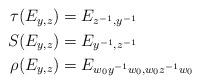
LaTeX: \begin{align*}\begin{aligned}\tau(E_{y,z}) &= E_{z^{-1},y^{-1}} \\S(E_{y,z}) &= E_{y^{-1},z^{-1}} \\\rho(E_{y,z}) &= E_{w_0 y^{-1} w_0,w_0 z^{-1} w_0}\end{aligned}\end{align*}